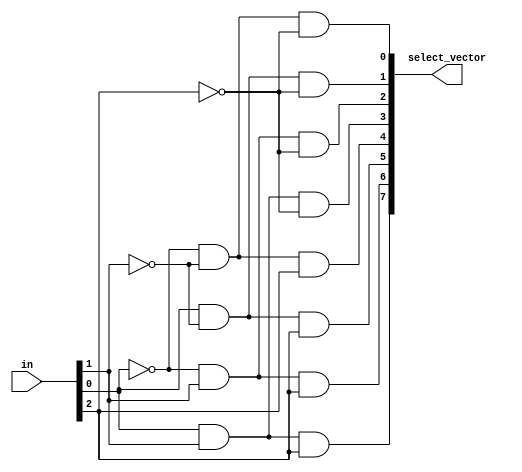
module decoder_8val (in, select_vector);

    input [2:0] in;
    output [7:0] select_vector;

    wire bit0, bit1, bit2, bit3, bit4, bit5, bit6, bit7;

    assign bit0 = ~in[0] & ~in[1] & ~in[2]; // 000
    assign bit1 = in[0] & ~in[1] & ~in[2]; // 001
    assign bit2 = ~in[0] & in[1] & ~in[2]; // 010
    assign bit3 = in[0] & in[1] & ~in[2]; // 011
    assign bit4 = ~in[0] & ~in[1] & in[2]; // 100
    assign bit5 = in[0] & ~in[1] & in[2]; // 101
    assign bit6 = ~in[0] & in[1] & in[2];// 110
    assign bit7 = in[0] & in[1] & in[2];// 111

    assign select_vector = {bit7, bit6, bit5, bit4, bit3, bit2, bit1, bit0};

endmodule